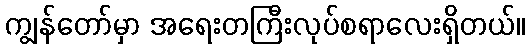
ကျွန်တော်မှာ အရေးတကြီးလုပ်စရာလေးရှိတယ်။